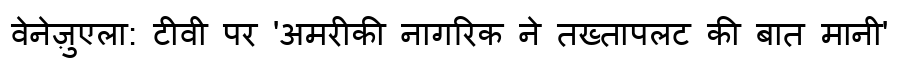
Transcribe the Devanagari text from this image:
वेनेज़ुएला: टीवी पर 'अमरीकी नागरिक ने तख्तापलट की बात मानी'